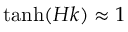
\operatorname { t a n h } ( H k ) \approx 1